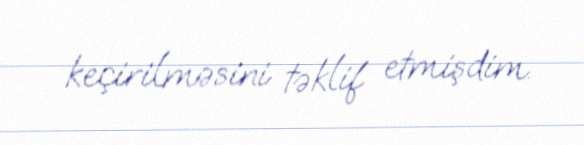
keçirilməsini təklif etmişdim.